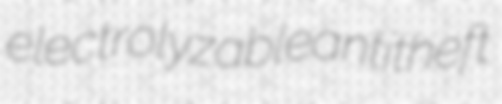
electrolyzable antitheft